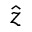
\hat { z }